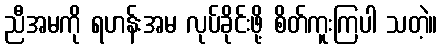
ညီအမကို ရဟန်းအမ လုပ်ခိုင်းဖို့ စိတ်ကူးကြပါ သတဲ့။